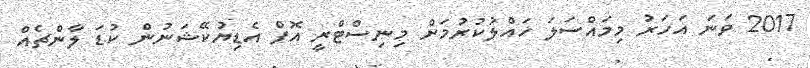
2017 ވަނަ އަހަރު މިމައްސަލަ ހައްލުކުރުމަށް މިނިސްޓްރީ އޮފް އެޑިޔުކޭޝަނުން ކުޑަ ލާންޗެއް